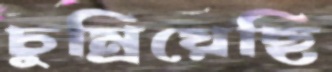
চুম্‌রিয়েছি